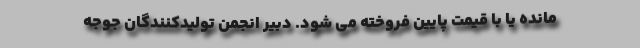
مانده یا با قیمت پایین فروخته می شود. دبیر انجمن تولیدکنندگان جوجه